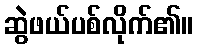
ဆွဲဖယ်ပစ်လိုက်၏။